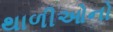
થાળીઓનો